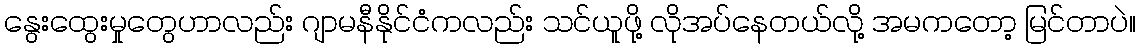
နွေးထွေးမှုတွေဟာလည်း ဂျာမနီနိုင်ငံကလည်း သင်ယူဖို့ လိုအပ်နေတယ်လို့ အမကတော့ မြင်တာပဲ။